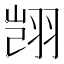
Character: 𫅥